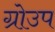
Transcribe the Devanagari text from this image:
ग्रोउप